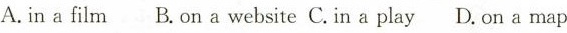
A. in a film B. on a website C.in a play D.on a map